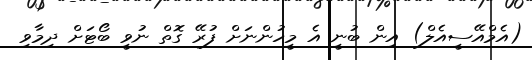
(އެމްއޭސީއެލް) އިން ބުނީ އެ މީހުންނަށް ފުރޭ ގޮތް ނުވީ ބޯޓަށް ދިމާވި